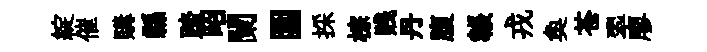
綻催購縣踏昭闌圍採棕贱丹腹韔戎奐苍翆廖